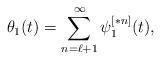
LaTeX: \begin{align*} \theta_1(t)=\sum_{n=\ell+1}^\infty \psi_{1}^{[*n]}(t),\end{align*}